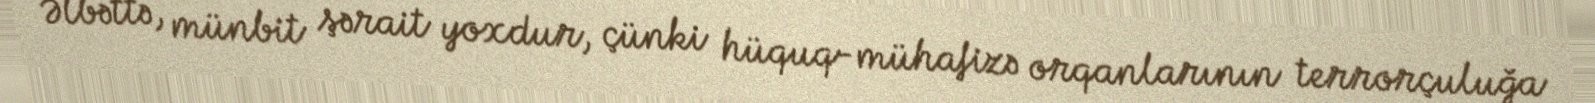
Əlbəttə, münbit şərait yoxdur, çünki hüquq-mühafizə orqanlarının terrorçuluğa